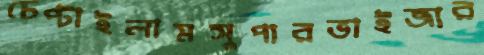
চেপ্‌টাইলামসুপারভাইজার